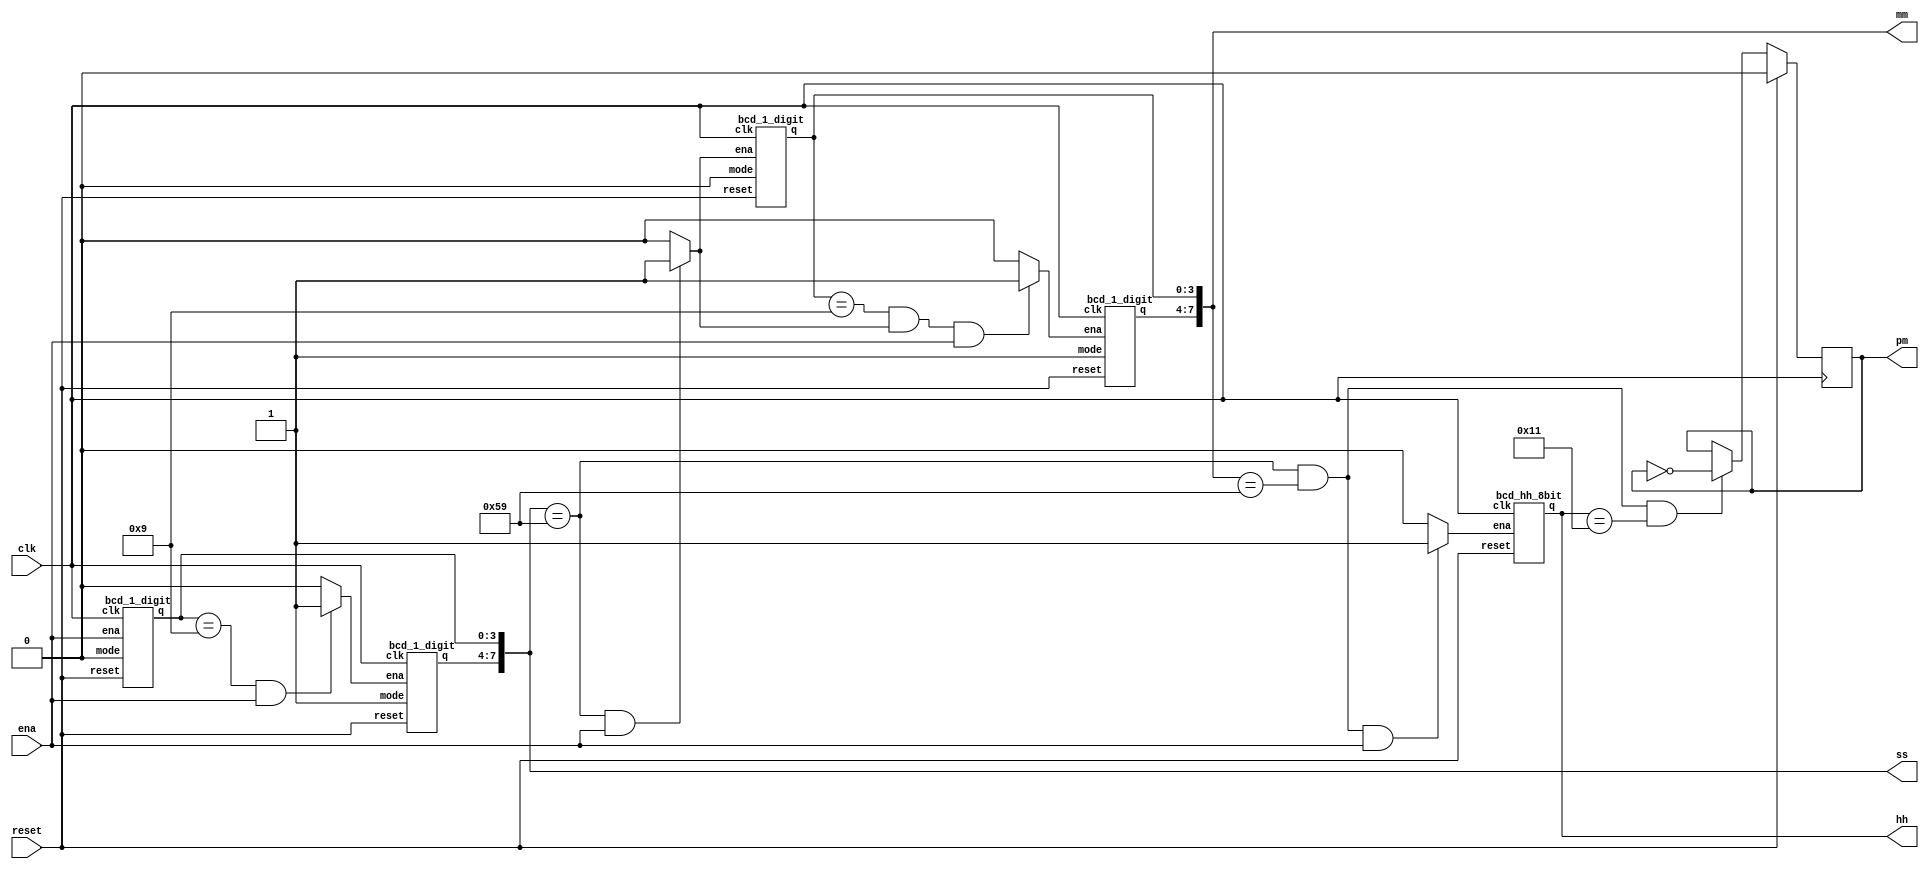
//question:https://hdlbits.01xz.net/wiki/Count_clock
module count_clock(
    input clk,
    input reset,
    input ena,
    output reg pm,
    output [7:0] hh,
    output [7:0] mm,
    output [7:0] ss); 
	wire ssena;
    wire [1:0]mmena;
	wire hhena;
	wire hh_clr;
    assign ssena=(ss[3:0]==4'h9&&ena)?1'b1:1'b0;
	assign mmena[0]=(ss[7:0]==8'h59&&ena)?1'b1:1'b0;
	assign mmena[1]=(mm[3:0]==4'h9&&mmena[0]&&ena)?1'b1:1'b0;
	assign hhena=(ss[7:0]==8'h59&&mm[7:0]==8'h59&&ena)?1'b1:1'b0;
    assign hh_clr=(ss[7:0]==8'h59&&mm[7:0]==8'h59&&hh[7:0]==8'h11);
    always@(posedge clk)
        pm=(reset)?1'b0:(hh_clr)?~pm:pm;
        
    bcd_1_digit ss1 (.clk(clk),.ena(ena),.reset(reset),.q(ss[3:0]),.mode(1'b0));
    bcd_1_digit ss2 (.clk(clk),.ena(ssena),.reset(reset),.q(ss[7:4]),.mode(1'b1));
    bcd_1_digit mm1 (.clk(clk),.ena(mmena[0]),.reset(reset),.q(mm[3:0]),.mode(1'b0));
    bcd_1_digit mm2 (.clk(clk),.ena(mmena[1]),.reset(reset),.q(mm[7:4]),.mode(1'b1));
	//for hour
    bcd_hh_8bit hh0 (.clk(clk),.ena(hhena),.reset(reset),.q(hh[7:0]));
	

endmodule


module bcd_1_digit(
    input clk,
    input reset,
    input ena,
	input mode,//mode 0,0~9,mode1:0~5
    output reg [3:0] q );
     wire cnt_inc0, cnt_clr0;
	 wire cnt_inc1, cnt_clr1;
	//mode 0,0~9,mode1:0~5
    assign cnt_inc0 = q<4'd9&ena&(mode==0);
    assign cnt_clr0 = q==4'd9&ena&(mode==0);
    assign cnt_inc1 = q<4'd5&ena&(mode==1);
    assign cnt_clr1 = q==4'd5&ena&(mode==1);
    always@(posedge clk) begin
        if(reset)
            q<=0;
        else
        begin
            if(cnt_inc0 | cnt_inc1)
                q<=q+4'd1;
            else if(cnt_clr0 | cnt_clr1)
                q<=4'd0;
            else
                q<=q;
        end
    end
endmodule

//for hour use counter
module bcd_hh_8bit(
    input clk,
    input reset,
    input ena,
    output reg [7:0] q);
	reg [3:0]temp;
    wire cnt_inc, cnt_clr;
    assign cnt_inc = temp<4'd11&ena;
    assign cnt_clr = temp==4'd11&ena;
    always@(posedge clk) begin
        if(reset)
            temp<=4'd0;
        else
        begin
            if(cnt_inc)
                temp<=temp+4'd1;
            else if(cnt_clr)
                temp<=4'd0;
            else
                temp<=temp;
        end
    end
    //decode to clock is 1~12
	always@(*)
	case(temp)
    4'd0:q=8'h12;
	4'd1:q=8'h01;
	4'd2:q=8'h02;
	4'd3:q=8'h03;
	4'd4:q=8'h04;
	4'd5:q=8'h05;
	4'd6:q=8'h06;
	4'd7:q=8'h07;
	4'd8:q=8'h08;
	4'd9:q=8'h09;
	4'd10:q=8'h10;
	4'd11:q=8'h11;
	default:
	q=8'h00;
	endcase
endmodule